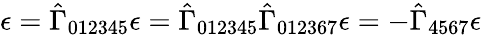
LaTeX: \epsilon=\hat{\Gamma}_{012345}\epsilon=\hat{\Gamma}_{012345}\hat{\Gamma}_{012367}\epsilon=-\hat{\Gamma}_{4567}\epsilon